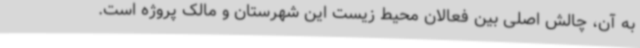
به آن، چالش اصلی بین فعالان محیط زیست این شهرستان و مالک پروژه است.